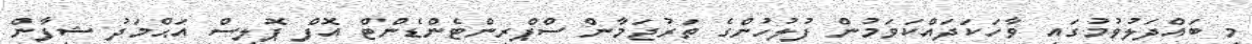
މި ބައްދަލުވުމުގައި ވާހަކަދައްކަވަމުން ފުލުހުންގެ ތަރުޖަމާން ސްޕްރިންޓެންޑެންޓް އޮފް ޕޮލިސް އަޙްމަދު ޝިފާން